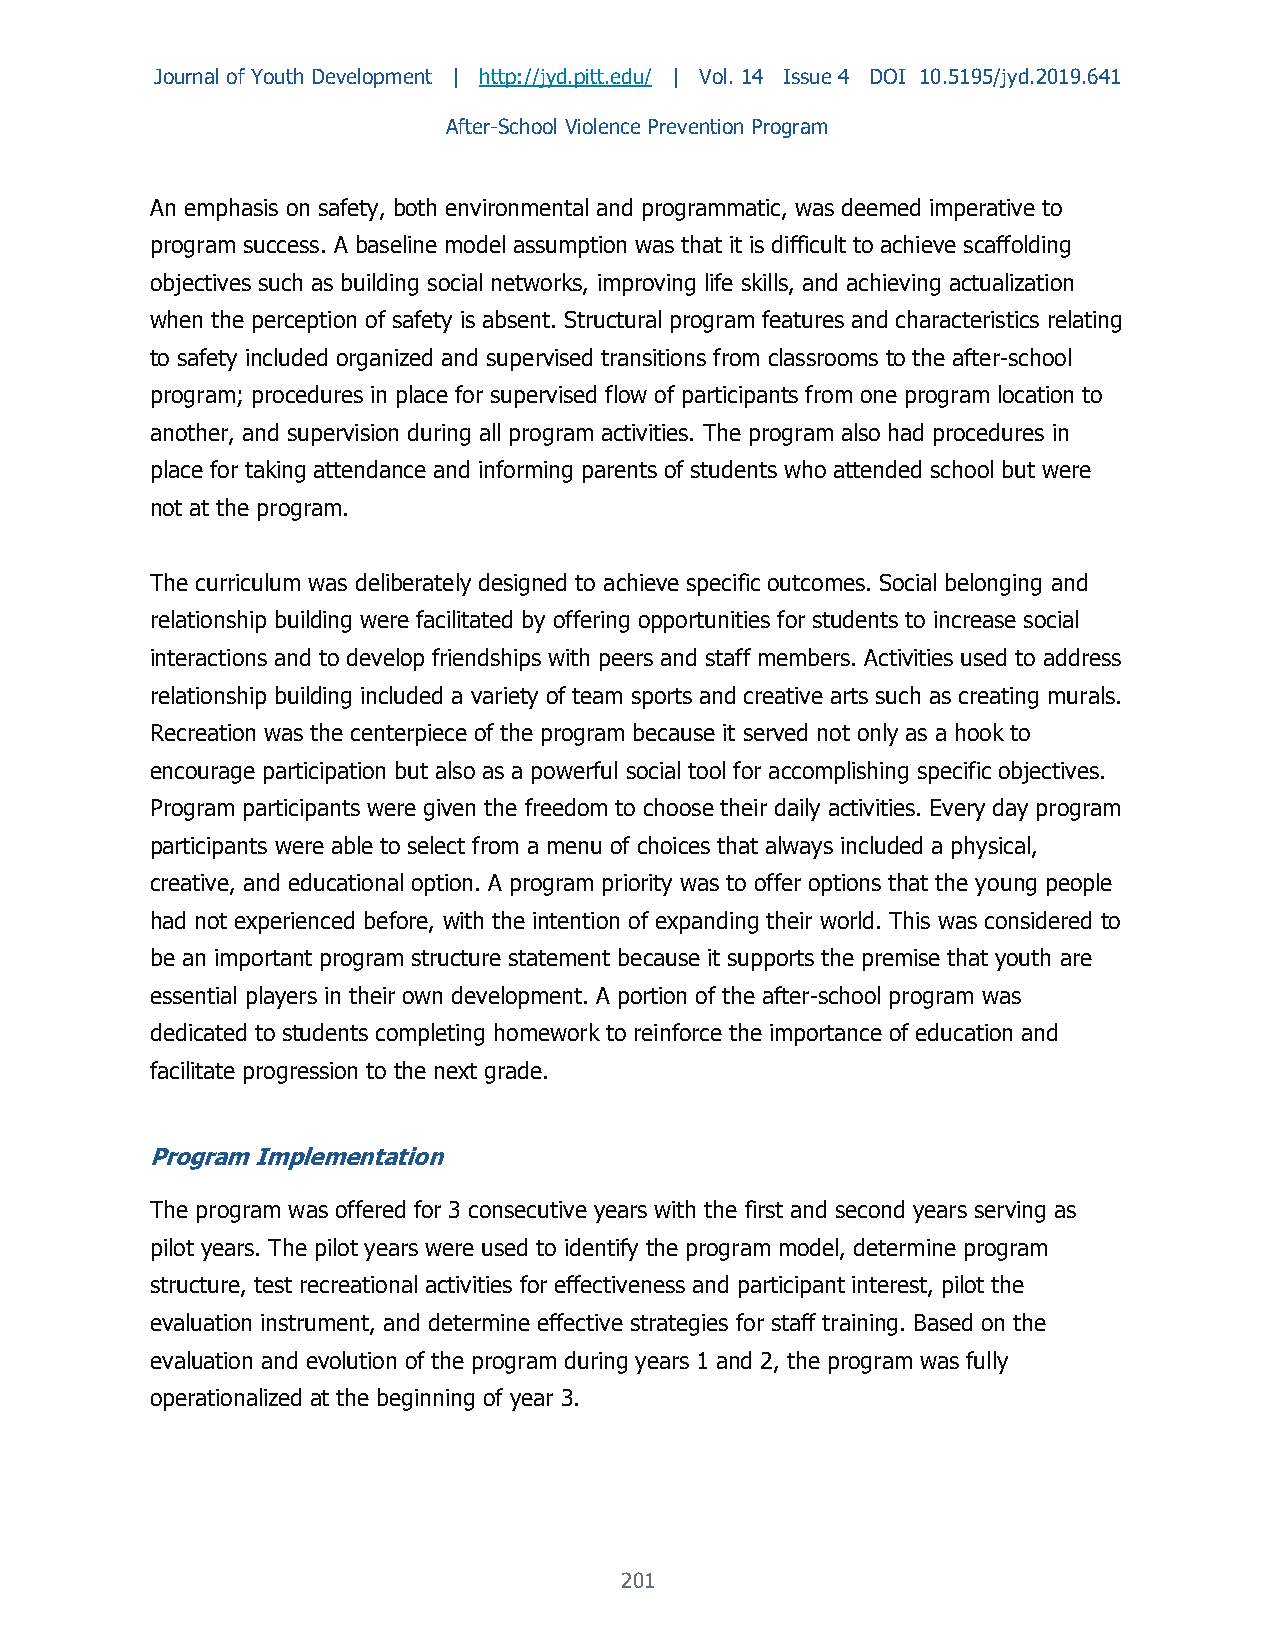
Journal of Youth Development | http://jyd.pitt.edu/ | Vol. 14 Issue 4 DOI 10.5195/jyd.2019.641
 After-School Violence Prevention Program
 An emphasis on safety, both environmental and programmatic, was deemed imperative to
 program success. A baseline model assumption was that it is difficult to achieve scaffolding
 objectives such as building social networks, improving life skills, and achieving actualization
 when the perception of safety is absent. Structural program features and characteristics relating
 to safety included organized and supervised transitions from classrooms to the after-school
 program; procedures in place for supervised flow of participants from one program location to
 another, and supervision during all program activities. The program also had procedures in
 place for taking attendance and informing parents of students who attended school but were
 not at the program.
 The curriculum was deliberately designed to achieve specific outcomes. Social belonging and
 relationship building were facilitated by offering opportunities for students to increase social
 interactions and to develop friendships with peers and staff members. Activities used to address
 relationship building included a variety of team sports and creative arts such as creating murals.
 Recreation was the centerpiece of the program because it served not only as a hook to
 encourage participation but also as a powerful social tool for accomplishing specific objectives.
 Program participants were given the freedom to choose their daily activities. Every day program
 participants were able to select from a menu of choices that always included a physical,
 creative, and educational option. A program priority was to offer options that the young people
 had not experienced before, with the intention of expanding their world. This was considered to
 be an important program structure statement because it supports the premise that youth are
 essential players in their own development. A portion of the after-school program was
 dedicated to students completing homework to reinforce the importance of education and
 facilitate progression to the next grade.
 Program Implementation
 The program was offered for 3 consecutive years with the first and second years serving as
 pilot years. The pilot years were used to identify the program model, determine program
 structure, test recreational activities for effectiveness and participant interest, pilot the
 evaluation instrument, and determine effective strategies for staff training. Based on the
 evaluation and evolution of the program during years 1 and 2, the program was fully
 operationalized at the beginning of year 3.
 201